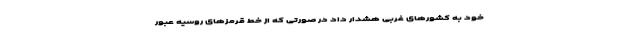
خود به کشورهای غربی هشدار داد در صورتی که از خط قرمزهای روسیه عبور